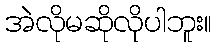
အဲလိုမဆိုလိုပါဘူး။